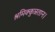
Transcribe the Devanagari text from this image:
श्रमिक्कुन्नतान।